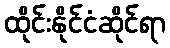
ထိုင်းနိုင်ငံဆိုင်ရာ